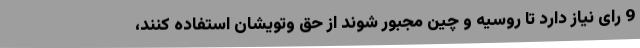
9 رای نیاز دارد تا روسیه و چین مجبور شوند از حق وتویشان استفاده کنند،